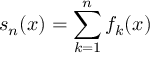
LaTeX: s _ { n } ( x ) = \sum _ { k = 1 } ^ { n } f _ { k } ( x )